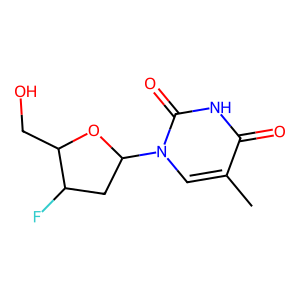
SMILES: Cc1cn(C2CC(F)C(CO)O2)c(=O)[nH]c1=O
Inhibits HIV replication: Yes